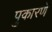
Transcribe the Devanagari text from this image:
पुकारणे